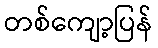
တစ်ကျော့ပြန်